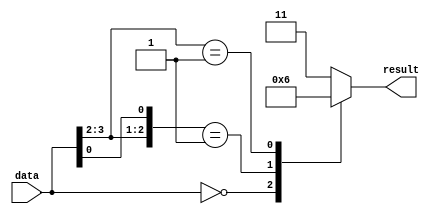
module casez_statement (
    input [3:0] data,
    output reg [1:0] result
);
  
always @(*) begin
    casez(data)
        4'b0000: result = 2'b00;
        4'b00?1: result = 2'b01;
        4'b01??: result = 2'b10;
        default: result = 2'b11;
    endcase
end

endmodule